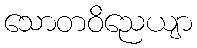
သောတဝိညေယျာ